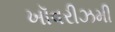
ખૉવરીઝમી